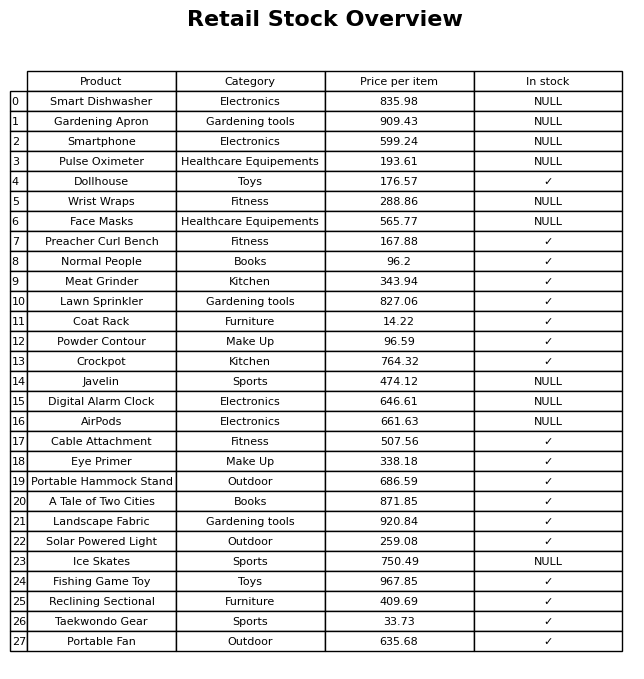
question: What is the price for Lawn Sprinkler?
answer: The price of Lawn Sprinkler is 827.06.